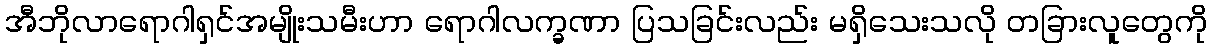
အီဘိုလာရောဂါရှင်အမျိုးသမီးဟာ ရောဂါလက္ခဏာ ပြသခြင်းလည်း မရှိသေးသလို တခြားလူတွေကို